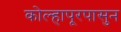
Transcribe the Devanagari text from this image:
कोल्हापूरपासुन